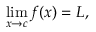
\operatorname* { l i m } _ { x \to c } f ( x ) = L ,